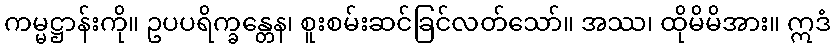
ကမ္မဋ္ဌာန်းကို။ ဥပပရိက္ခန္တေန၊ စူးစမ်းဆင်ခြင်လတ်သော်။ အဿ၊ ထိုမိမိအား။ ဣဒံ